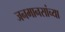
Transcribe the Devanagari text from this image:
जनमानसांच्या